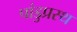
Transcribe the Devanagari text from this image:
पांडुप्रस्थ